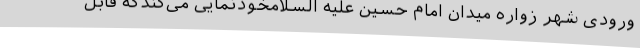
ورودی شهر زواره میدان امام حسین علیه السلامخودنمایی می‌کندکه قابل